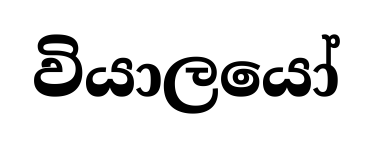
වියාලයෝ